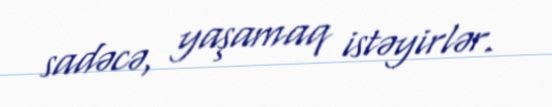
sadəcə, yaşamaq istəyirlər.